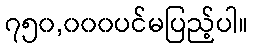
၇၅၀,၀၀၀ပင်မပြည့်ပါ။